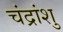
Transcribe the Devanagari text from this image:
चंद्रांशु